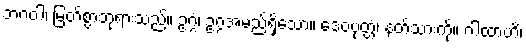
ဘဂဝါ၊ မြတ်စွာဘုရားသည်။ ဥဂ္ဂံ၊ ဥဂ္ဂအမည်ရှိသော။ ဒေဝပုတ္တံ၊ နတ်သားကို။ ဂါထာဟိ၊